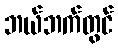
ဘယ်ဘက်တွင်